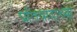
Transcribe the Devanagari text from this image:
प्रतिवादाच्या